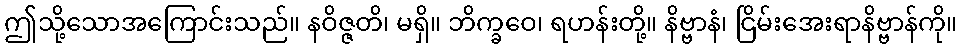
ဤသို့သောအကြောင်းသည်။ နဝိဇ္ဇတိ၊ မရှိ။ ဘိက္ခဝေ၊ ရဟန်းတို့။ နိဗ္ဗာနံ၊ ငြိမ်းအေးရာနိဗ္ဗာန်ကို။